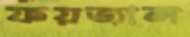
ফয়জাল